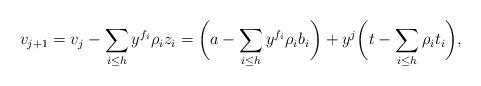
LaTeX: \begin{align*} v_{j+1} = v_j - \sum_{i\le h}y^{f_i}\rho_iz_i = \biggl(a-\sum_{i\le h}y^{f_i}\rho_ib_i\biggr)+y^j\biggl(t-\sum_{i\le h}\rho_it_i\biggr),\end{align*}